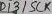
Text: D13/SCK